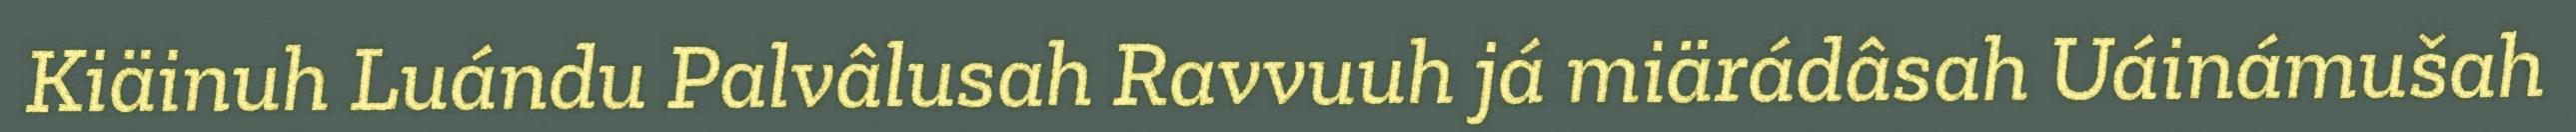
Kiäinuh Luándu Palvâlusah Ravvuuh já miärádâsah Uáinámušah